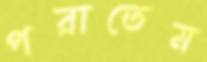
পরাতেম